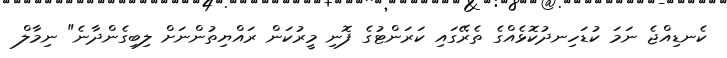
ކެނޑިއްޖެ ނަމަ ކުޑަހިނދުކޮޅެއްގެ ތެރޭގައި ކަރަންޓުގެ ފޮނި މީރުކަން ރައްޔިތުންނަށް ލިބިގެންދާނެ" ނިމާލް